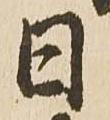
日